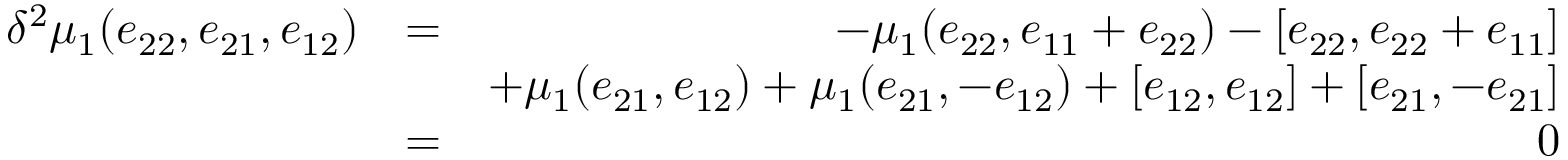
\begin{array} { r l r } { \delta ^ { 2 } \mu _ { 1 } ( e _ { 2 2 } , e _ { 2 1 } , e _ { 1 2 } ) } & { = } & { - \mu _ { 1 } ( e _ { 2 2 } , e _ { 1 1 } + e _ { 2 2 } ) - [ e _ { 2 2 } , e _ { 2 2 } + e _ { 1 1 } ] } \\ & { } & { + \mu _ { 1 } ( e _ { 2 1 } , e _ { 1 2 } ) + \mu _ { 1 } ( e _ { 2 1 } , - e _ { 1 2 } ) + [ e _ { 1 2 } , e _ { 1 2 } ] + [ e _ { 2 1 } , - e _ { 2 1 } ] } \\ & { = } & { 0 } \end{array}